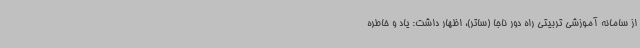
از سامانه آموزشی تربیتی راه دور ناجا (ساتر)، اظهار داشت: یاد و خاطره